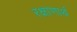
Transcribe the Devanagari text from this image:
रक्षाणार्थ